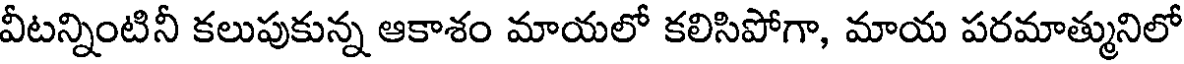
వీటన్నింటినీ కలుపుకున్న ఆకాశం మాయలో కలిసిపోగా, మాయ పరమాత్మునిలో